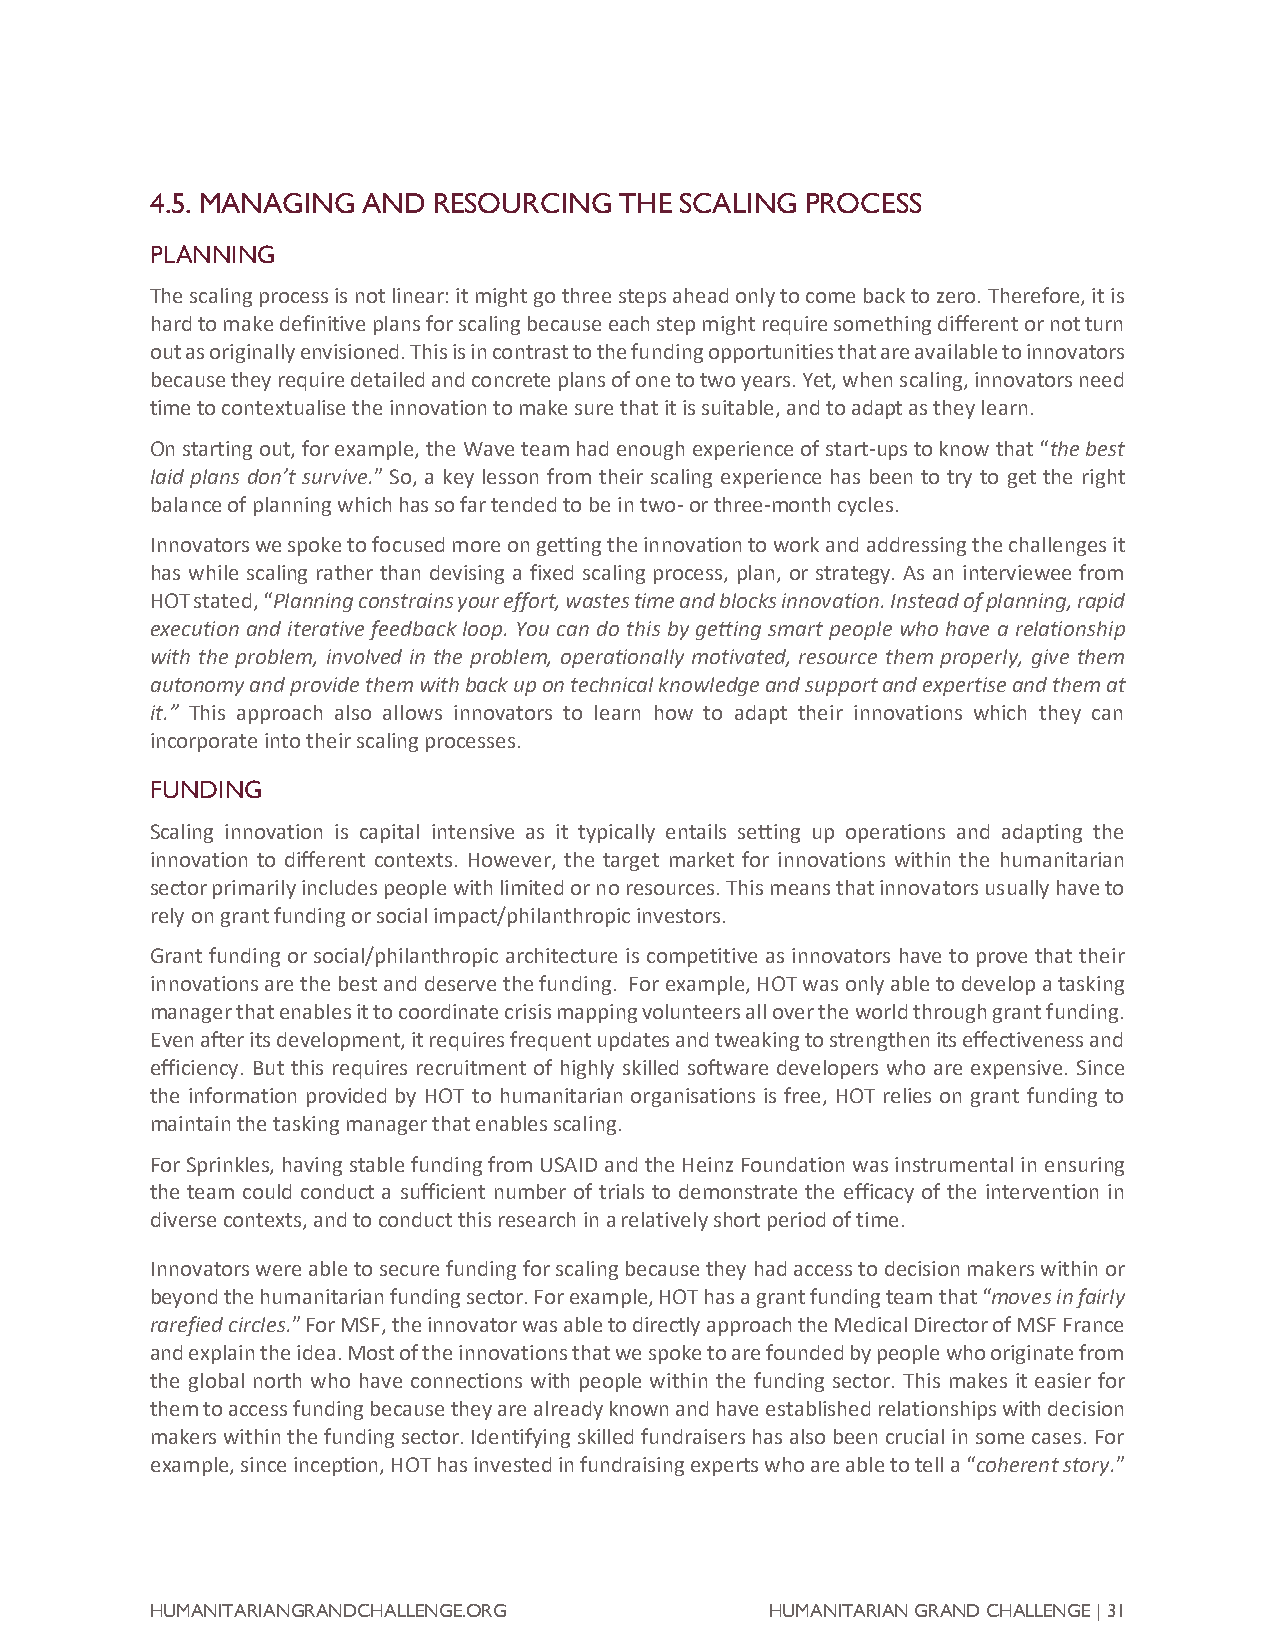
4.5. MANAGING AND  RESOURCING  THE SCALING PROCESS
 PLANNING
 The scaling process is not linear: it might go three steps ahead only to come back to zero. Therefore, it is
 hard to make definitive plans for scaling because each step might require something different or not turn
 out as originally envisioned. This is in contrast to the funding opportunities that are available to innovators
 because they require detailed and concrete plans of one to two years. Yet, when scaling, innovators need
 time to contextualise the innovation to make sure that it is suitable, and to adapt as they learn.
 On starting out, for example, the Wave team had enough experience of start-ups to know that “the best
 laid plans don’t survive.” So, a key lesson from their scaling experience has been to try to get the right
 balance of planning which has so far tended to be in two- or three-month cycles.
 Innovators we spoke to focused more on getting the innovation to work and addressing the challenges it
 has while scaling rather than devising a fixed scaling process, plan, or strategy. As an interviewee from
 HOT stated, “Planning constrains your effort, wastes time and blocks innovation. Instead of planning, rapid
 execution and iterative feedback loop. You can do this by getting smart people who have a relationship
 with the problem, involved in the problem, operationally motivated, resource them properly, give them
 autonomy and provide them with back up on technical knowledge and support and expertise and them at
 it.” This approach also allows innovators to learn how to adapt their innovations which they can
 incorporate into their scaling processes.
 FUNDING
 Scaling innovation is capital intensive as it typically entails setting up operations and adapting the
 innovation to different contexts. However, the target market for innovations within the humanitarian
 sector primarily includes people with limited or no resources. This means that innovators usually have to
 rely on grant funding or social impact/philanthropic investors.
 Grant funding or social/philanthropic architecture is competitive as innovators have to prove that their
 innovations are the best and deserve the funding. For example, HOT was only able to develop a tasking
 manager that enables it to coordinate crisis mapping volunteers all over the world through grant funding.
 Even after its development, it requires frequent updates and tweaking to strengthen its effectiveness and
 efficiency. But this requires recruitment of highly skilled software developers who are expensive. Since
 the information provided by HOT to humanitarian organisations is free, HOT relies on grant funding to
 maintain the tasking manager that enables scaling.
 For Sprinkles, having stable funding from USAID and the Heinz Foundation was instrumental in ensuring
 the team could conduct a sufficient number of trials to demonstrate the efficacy of the intervention in
 diverse contexts, and to conduct this research in a relatively short period of time.
 Innovators were able to secure funding for scaling because they had access to decision makers within or
 beyond the humanitarian funding sector. For example, HOT has a grant funding team that “moves in fairly
 rarefied circles.” For MSF, the innovator was able to directly approach the Medical Director of MSF France
 and explain the idea. Most of the innovations that we spoke to are founded by people who originate from
 the global north who have connections with people within the funding sector. This makes it easier for
 them to access funding because they are already known and have established relationships with decision
 makers within the funding sector. Identifying skilled fundraisers has also been crucial in some cases. For
 example, since inception, HOT has invested in fundraising experts who are able to tell a “coherent story.”
 HUMANITARIANGRANDCHALLENGE.ORG           HUMANITARIAN GRAND CHALLENGE | 31